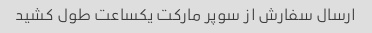
ارسال سفارش از سوپر مارکت یکساعت طول کشید